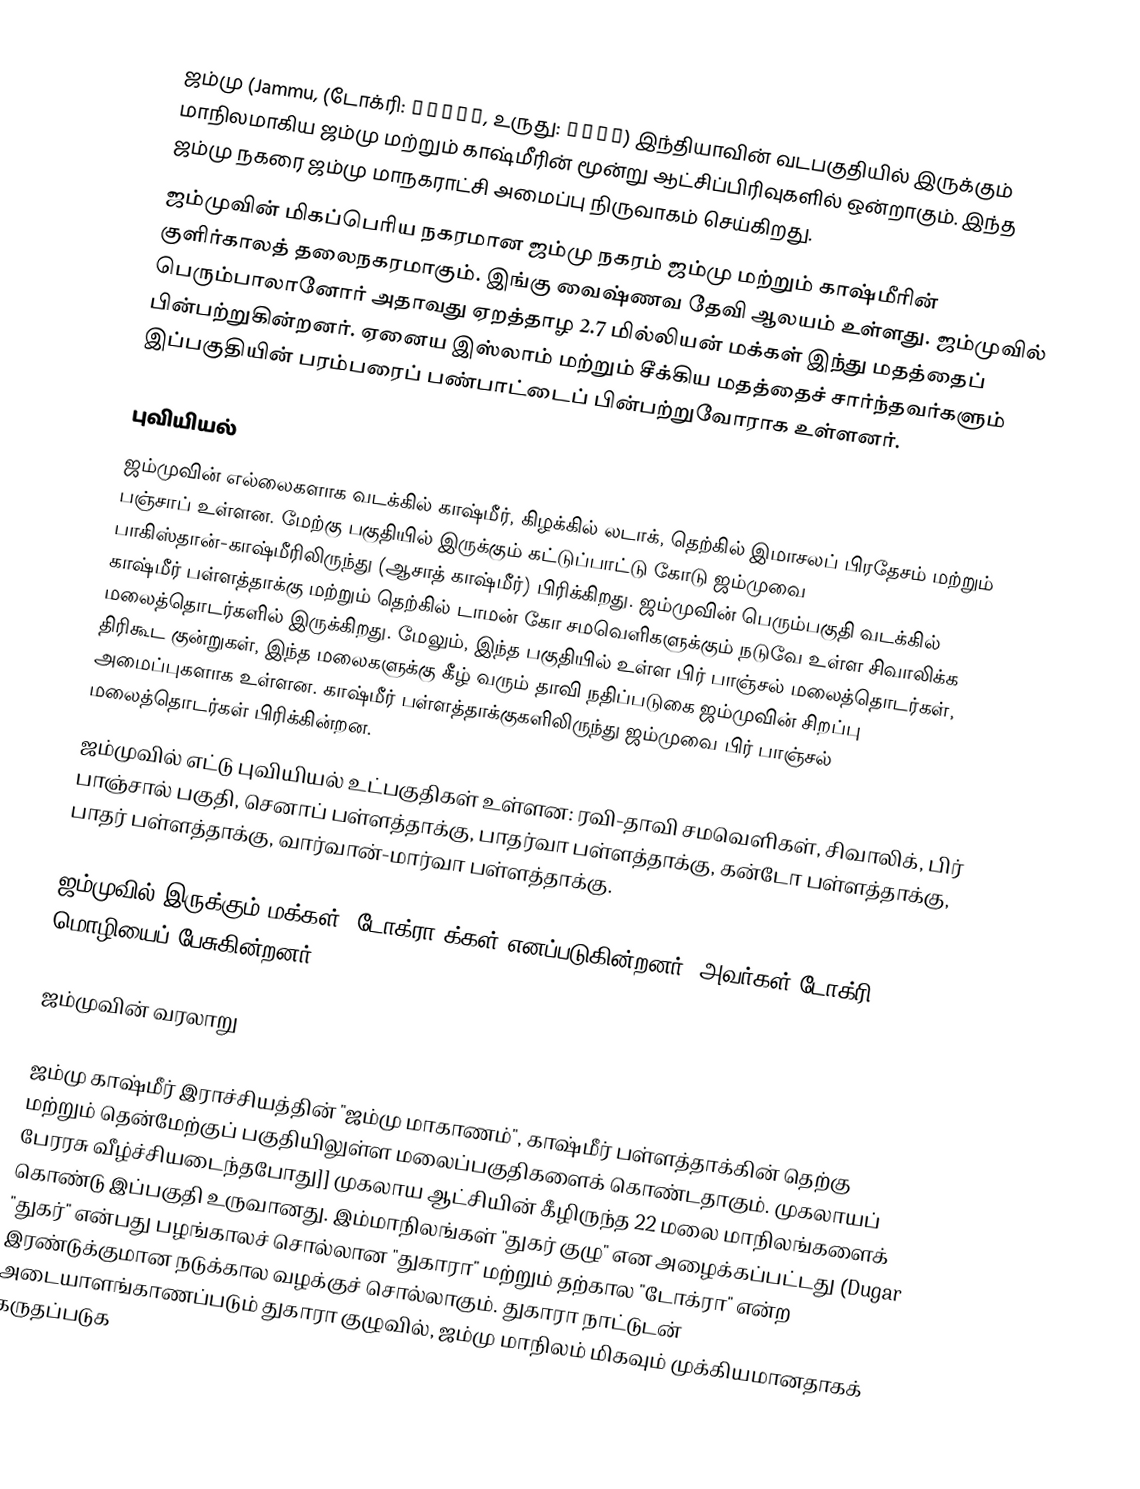
ஜம்மு (Jammu, (டோக்ரி: जम्मू, உருது: جموں) இந்தியாவின் வடபகுதியில் இருக்கும் மாநிலமாகிய ஜம்மு மற்றும் காஷ்மீரின் மூன்று ஆட்சிப்பிரிவுகளில் ஒன்றாகும். இந்த ஜம்மு நகரை ஜம்மு மாநகராட்சி அமைப்பு நிருவாகம் செய்கிறது.
ஜம்முவின் மிகப்பெரிய நகரமான ஜம்மு நகரம் ஜம்மு மற்றும் காஷ்மீரின் குளிர்காலத் தலைநகரமாகும். இங்கு வைஷ்ணவ தேவி ஆலயம் உள்ளது. ஜம்முவில் பெரும்பாலானோர் அதாவது ஏறத்தாழ 2.7 மில்லியன் மக்கள் இந்து மதத்தைப் பின்பற்றுகின்றனர். ஏனைய இஸ்லாம் மற்றும் சீக்கிய மதத்தைச் சார்ந்தவர்களும் இப்பகுதியின் பரம்பரைப் பண்பாட்டைப் பின்பற்றுவோராக உள்ளனர்.

புவியியல்
 ஜம்முவின் எல்லைகளாக வடக்கில் காஷ்மீர், கிழக்கில் லடாக், தெற்கில் இமாசலப் பிரதேசம் மற்றும் பஞ்சாப் உள்ளன. மேற்கு பகுதியில் இருக்கும் கட்டுப்பாட்டு கோடு ஜம்முவை பாகிஸ்தான்-காஷ்மீரிலிருந்து (ஆசாத் காஷ்மீர்) பிரிக்கிறது.  ஜம்முவின் பெரும்பகுதி வடக்கில் காஷ்மீர் பள்ளத்தாக்கு மற்றும் தெற்கில் டாமன் கோ சமவெளிகளுக்கும் நடுவே உள்ள சிவாலிக்க மலைத்தொடர்களில் இருக்கிறது. மேலும், இந்த பகுதியில் உள்ள பிர் பாஞ்சல் மலைத்தொடர்கள், திரிகூட குன்றுகள், இந்த மலைகளுக்கு கீழ் வரும் தாவி நதிப்படுகை ஜம்முவின் சிறப்பு அமைப்புகளாக உள்ளன. காஷ்மீர் பள்ளத்தாக்குகளிலிருந்து ஜம்முவை பிர் பாஞ்சல் மலைத்தொடர்கள் பிரிக்கின்றன.
ஜம்முவில் எட்டு புவியியல் உட்பகுதிகள் உள்ளன: ரவி-தாவி சமவெளிகள், சிவாலிக், பிர் பாஞ்சால் பகுதி, செனாப் பள்ளத்தாக்கு, பாதர்வா பள்ளத்தாக்கு, கன்டோ பள்ளத்தாக்கு, பாதர் பள்ளத்தாக்கு, வார்வான்-மார்வா பள்ளத்தாக்கு.

ஜம்முவில் இருக்கும் மக்கள் 'டோக்ரா'க்கள் எனப்படுகின்றனர். அவர்கள் டோக்ரி மொழியைப் பேசுகின்றனர்.

ஜம்முவின் வரலாறு

ஜம்மு காஷ்மீர் இராச்சியத்தின் "ஜம்மு மாகாணம்", காஷ்மீர் பள்ளத்தாக்கின் தெற்கு மற்றும் தென்மேற்குப் பகுதியிலுள்ள மலைப்பகுதிகளைக் கொண்டதாகும். முகலாயப் பேரரசு வீழ்ச்சியடைந்தபோது]] முகலாய ஆட்சியின் கீழிருந்த 22 மலை மாநிலங்களைக் கொண்டு இப்பகுதி உருவானது. இம்மாநிலங்கள் "துகர் குழு" என அழைக்கப்பட்டது (Dugar "துகர்" என்பது பழங்காலச் சொல்லான "துகாரா" மற்றும் தற்கால "டோக்ரா" என்ற இரண்டுக்குமான நடுக்கால வழக்குச் சொல்லாகும். துகாரா நாட்டுடன் அடையாளங்காணப்படும் துகாரா குழுவில், ஜம்மு மாநிலம் மிகவும் முக்கியமானதாகக் கருதப்படுக